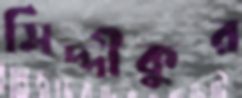
সিদ্দীকুর